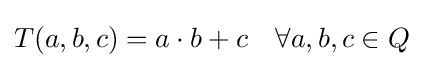
T(a,b,c)=a\cdot b+c\quad \forall a,b,c\in Q